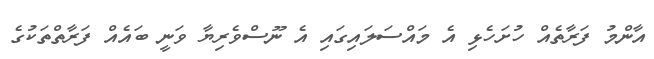
އާންމު ފަރާތެއް ހުށަހެޅި އެ މައްސަލައިގައި އެ ނޫސްވެރިޔާ ވަނީ ބައެއް ފަރާތްތަކުގެ